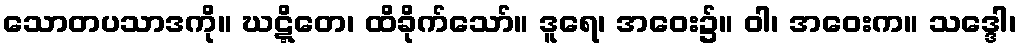
သောတပသာဒကို။ ဃဋ္ဋိတေ၊ ထိခိုက်သော်။ ဒူရေ၊ အဝေး၌။ ဝါ၊ အဝေးက။ သဒ္ဒေါ၊